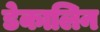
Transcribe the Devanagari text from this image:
डेकालिन